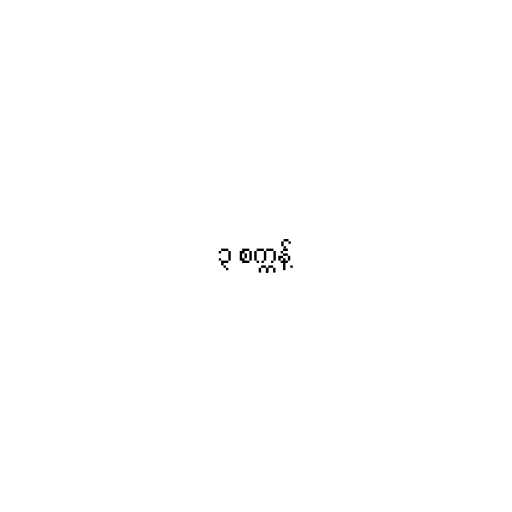
၃ စက္ကန့်